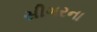
સીગરના